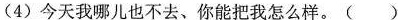
(4)今天我哪儿也不去、你能把我怎么样。()